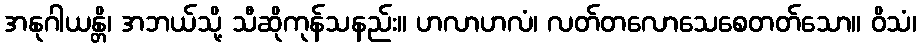
အနုဂါယန္တိ၊ အဘယ်သို့ သီဆိုကုန်သနည်း။ ဟလာဟလံ၊ လတ်တလောသေစေတတ်သော။ ဝိသံ၊